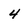
Character: 4